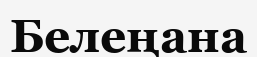
Белеңана